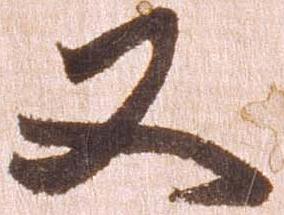
又